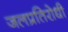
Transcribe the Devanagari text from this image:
जलप्रतिरोधी